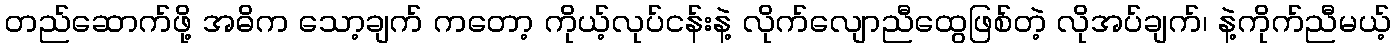
တည်ဆောက်ဖို့ အဓိက သော့ချက် ကတော့ ကိုယ့်လုပ်ငန်းနဲ့ လိုက်လျောညီထွေဖြစ်တဲ့ လိုအပ်ချက်၊ နဲ့ကိုက်ညီမယ့်